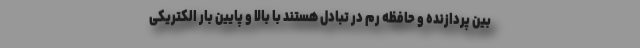
بین پردازنده و حافظه رم در تبادل هستند با بالا و پایین بار الکتریکی